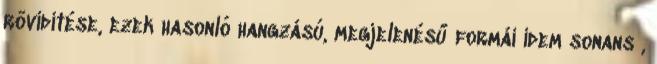
rövidítése, ezek hasonló hangzású, megjelenésű formái idem sonans ,